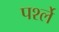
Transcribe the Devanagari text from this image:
पर्श्ले